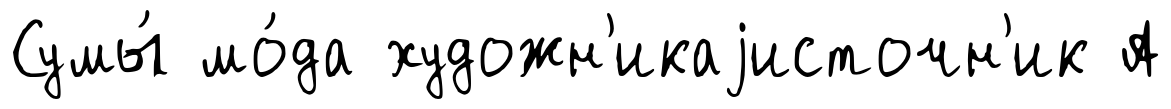
Сумы́ мо́да художн'икаjисточн'ик А